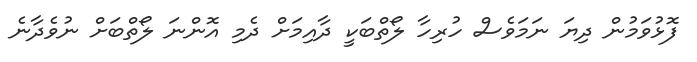
ފޮޅުވަމުން ދިޔަ ނަމަވެސް ހުރިހާ ލޯތްބަކީ ދާއިމަށް ދެމި އޮންނަ ލޯތްބަށް ނުވެދާނެ